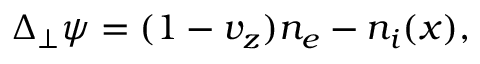
\begin{array} { r } { \Delta _ { \perp } \psi = ( 1 - v _ { z } ) n _ { e } - n _ { i } ( x ) , } \end{array}